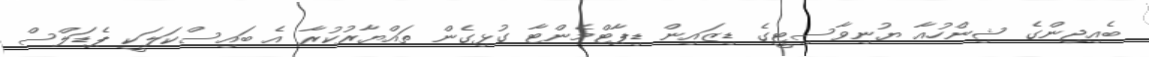
ބެއިޖިންގެ ޝިންހުއާ ޔުނިވާސިޓީގެ ޑިޒައިން ޑިޕާޓްމެންޓާ ގުޅިގެން ތައްޔާރުކުރާ އެ ބައިސްކަލަކީ ޕެޑަލްސް